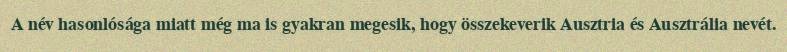
A név hasonlósága miatt még ma is gyakran megesik, hogy összekeverik Ausztria és Ausztrália nevét.